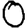
Digit: 0